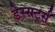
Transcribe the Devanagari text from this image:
डेस्सर्ट्स